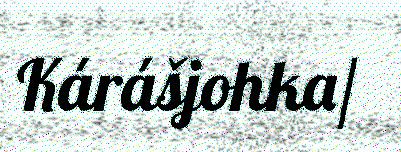
Kárášjohka/